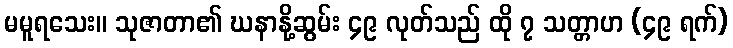
မမူရသေး။ သုဇာတာ၏ ဃနာနို့ဆွမ်း ၄၉ လုတ်သည် ထို ၇ သတ္တာဟ (၄၉ ရက်)